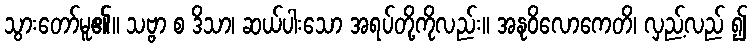
သွားတော်မူ၏။ သဗ္ဗာ စ ဒိသာ၊ ဆယ်ပါးသော အရပ်တို့ကိုလည်း။ အနုဝိလောကေတိ၊ လှည့်လည် ၍